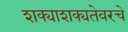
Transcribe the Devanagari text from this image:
शक्याशक्यतेवरचे